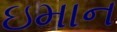
ઇમાન